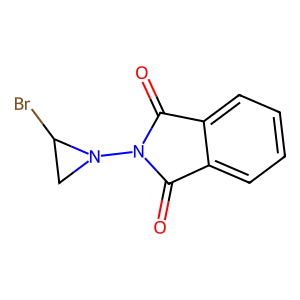
SMILES: O=C1c2ccccc2C(=O)N1N1CC1Br
Inhibits HIV replication: No